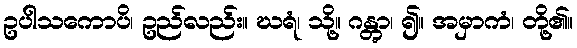
ဥပါသကောပိ၊ ဥည်လည်း။ ဃရံ၊ သို့။ ဂန္တွာ၊ ၍။ အမှာကံ၊ တို့၏။